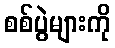
စစ်ပွဲများကို